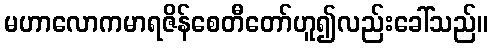
မဟာလောကမာရဇိန်စေတီတော်ဟူ၍လည်းခေါ်သည်။